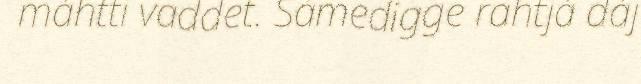
máhtti vaddet. Sámedigge rahtjá dáj